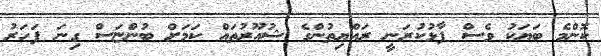
ކޮންމެ ބަޔަކު ވެސް ފާޅުކުރަނީ ރައްޔިތުންގެ ޝުއޫރުތައް ކަމަށް ބުންޏަސް ގިނަ ފަހަރު